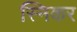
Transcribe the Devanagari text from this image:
स्निकर